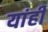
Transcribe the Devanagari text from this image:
यांही